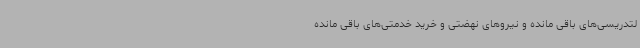
لتدریسی‌های باقی مانده و نیروهای نهضتی و خرید خدمتی‌های باقی مانده